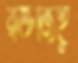
রক্তজিহ্ব